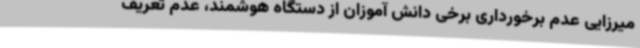
میرزایی عدم برخورداری برخی دانش آموزان از دستگاه هوشمند، عدم تعریف